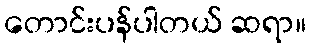
တောင်းပန်ပါတယ် ဆရာ။